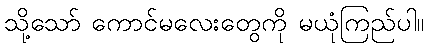
သို့သော် ကောင်မလေးတွေကို မယုံကြည်ပါ။